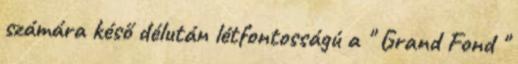
számára késő délután létfontosságú a " Grand Fond "